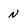
Character: n